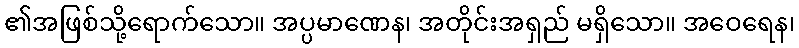
၏အဖြစ်သို့ရောက်သော။ အပ္ပမာဏေန၊ အတိုင်းအရှည် မရှိသော။ အဝေရေန၊